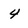
Character: 4